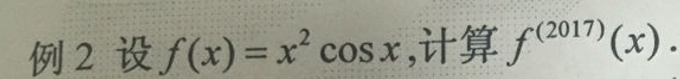
例 2 设 \(f(x)=x^{2}\cos x\), 计算 \(f^{(2017)}(x)\).